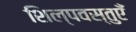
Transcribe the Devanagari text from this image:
शिल्पवस्तुएँ